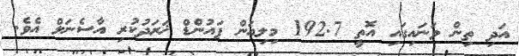
އަދި ތިން ވަނައިގައި އޮތީ 192.7 މިލިއަން ޕައުންޑް ޚަރަދުކުރި އާސެނަލް އެވެ.